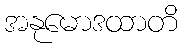
အနုမောဒထာတိ